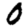
Digit: 0